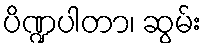
ပိဏ္ဍပါတာ၊ ဆွမ်း